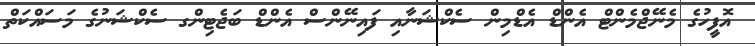
އޮފީހުގެ މެނޭޖްމެންޓް އެންޑް އެޑްމިން ސެކްޝަނާއި ފައިނޭންސް އެންޑް ބަޖެޓިންގ ސެކްޝަނުގެ މަސައްކަތް